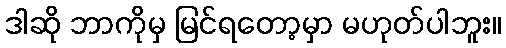
ဒါဆို ဘာကိုမှ မြင်ရတော့မှာ မဟုတ်ပါဘူး။